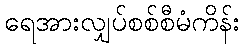
ရေအားလျှပ်စစ်စီမံကိန်း